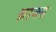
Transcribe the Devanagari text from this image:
थ्राक्स